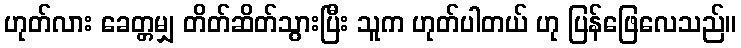
ဟုတ်လား ခေတ္တမျှ တိတ်ဆိတ်သွားပြီး သူက ဟုတ်ပါတယ် ဟု ပြန်ဖြေလေသည်။